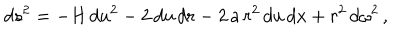
LaTeX: d s ^ { 2 } = - H \, d u ^ { 2 } - 2 \, d u \, d r - 2 \, a \, r ^ { 2 } \, d u \, d x + r ^ { 2 } \, d \omega ^ { 2 } \, ,